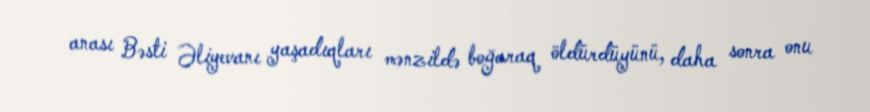
anası Bəsti Əliyevanı yaşadıqları mənzildə boğaraq öldürdüyünü, daha sonra onu